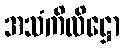
အသံကိလိဋ္ဌော